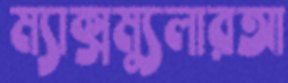
ম্যাক্সম্যুলারআ